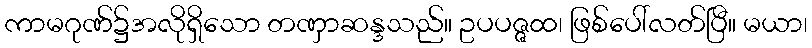
ကာမဂုဏ်၌အလိုရှိသော တဏှာဆန္ဒသည်။ ဥပပဇ္ဇထ၊ ဖြစ်ပေါ်လတ်ပြီ။ မယာ၊